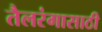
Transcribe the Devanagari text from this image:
तैलरंगासाठी